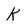
Character: k